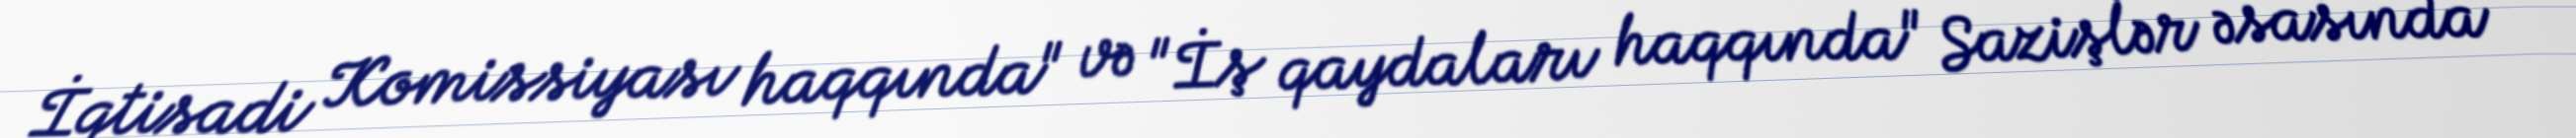
İqtisadi Komissiyası haqqında" və "İş qaydaları haqqında" Sazişlər əsasında